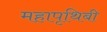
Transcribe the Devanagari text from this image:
महापृथिबी